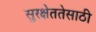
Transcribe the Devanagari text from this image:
सुरक्षेततेसाठी